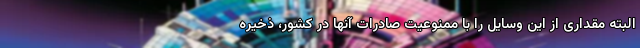
البته مقداری از این وسایل را با ممنوعیت صادرات آنها در کشور، ذخیره